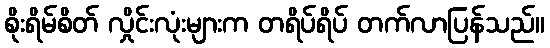
စိုးရိမ်စိတ် လှိုင်းလုံးများက တရိပ်ရိပ် တက်လာပြန်သည်။